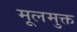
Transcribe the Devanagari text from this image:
मूलमुक्त